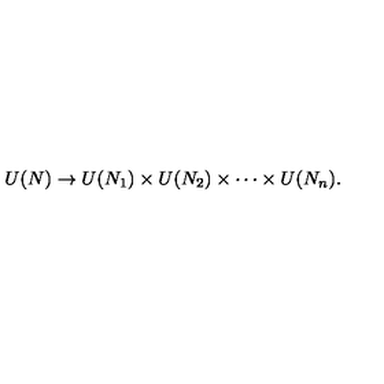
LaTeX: U ( N ) \to U ( N _ { 1 } ) \times U ( N _ { 2 } ) \times \cdots \times U ( N _ { n } ) .